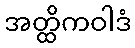
အတ္ထိကဝါဒံ